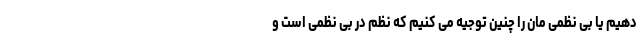
دهیم یا بی نظمی مان را چنین توجیه می کنیم که نظم در بی نظمی است و